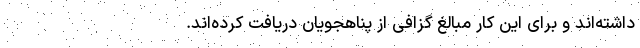
داشته‌اند و برای این کار مبالغ گزافی از پناهجویان دریافت کرده‌اند.